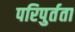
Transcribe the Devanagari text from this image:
परिपुर्तता